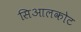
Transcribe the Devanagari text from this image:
सिआलकोट